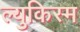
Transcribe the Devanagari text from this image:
ल्युकिस्म